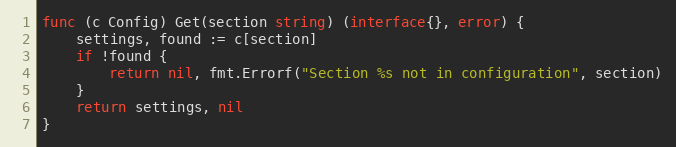
Language: Go
func (c Config) Get(section string) (interface{}, error) {
	settings, found := c[section]
	if !found {
		return nil, fmt.Errorf("Section %s not in configuration", section)
	}
	return settings, nil
}